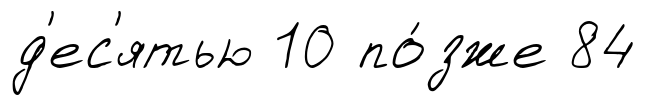
д'ес'ятью 10 по́зже 84